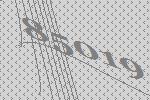
85019